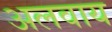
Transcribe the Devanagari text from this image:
अलवाय